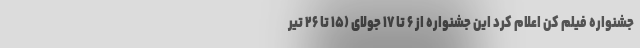
جشنواره فیلم کن اعلام کرد این جشنواره از ۶ تا ۱۷ جولای (۱۵ تا ۲۶ تیر